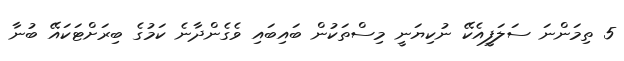
5 ތިމަންނަ ސަލަފީއެކޭ ނުކިޔަނީ މިސްތަކުން ބައިބައި ވެގެންދާނެ ކަމުގެ ބިރަށްޓަކައޭ ބުނާ